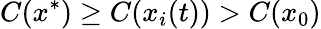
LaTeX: C(x^{*})\geq C(x_{i}(t))>C(x_{0})